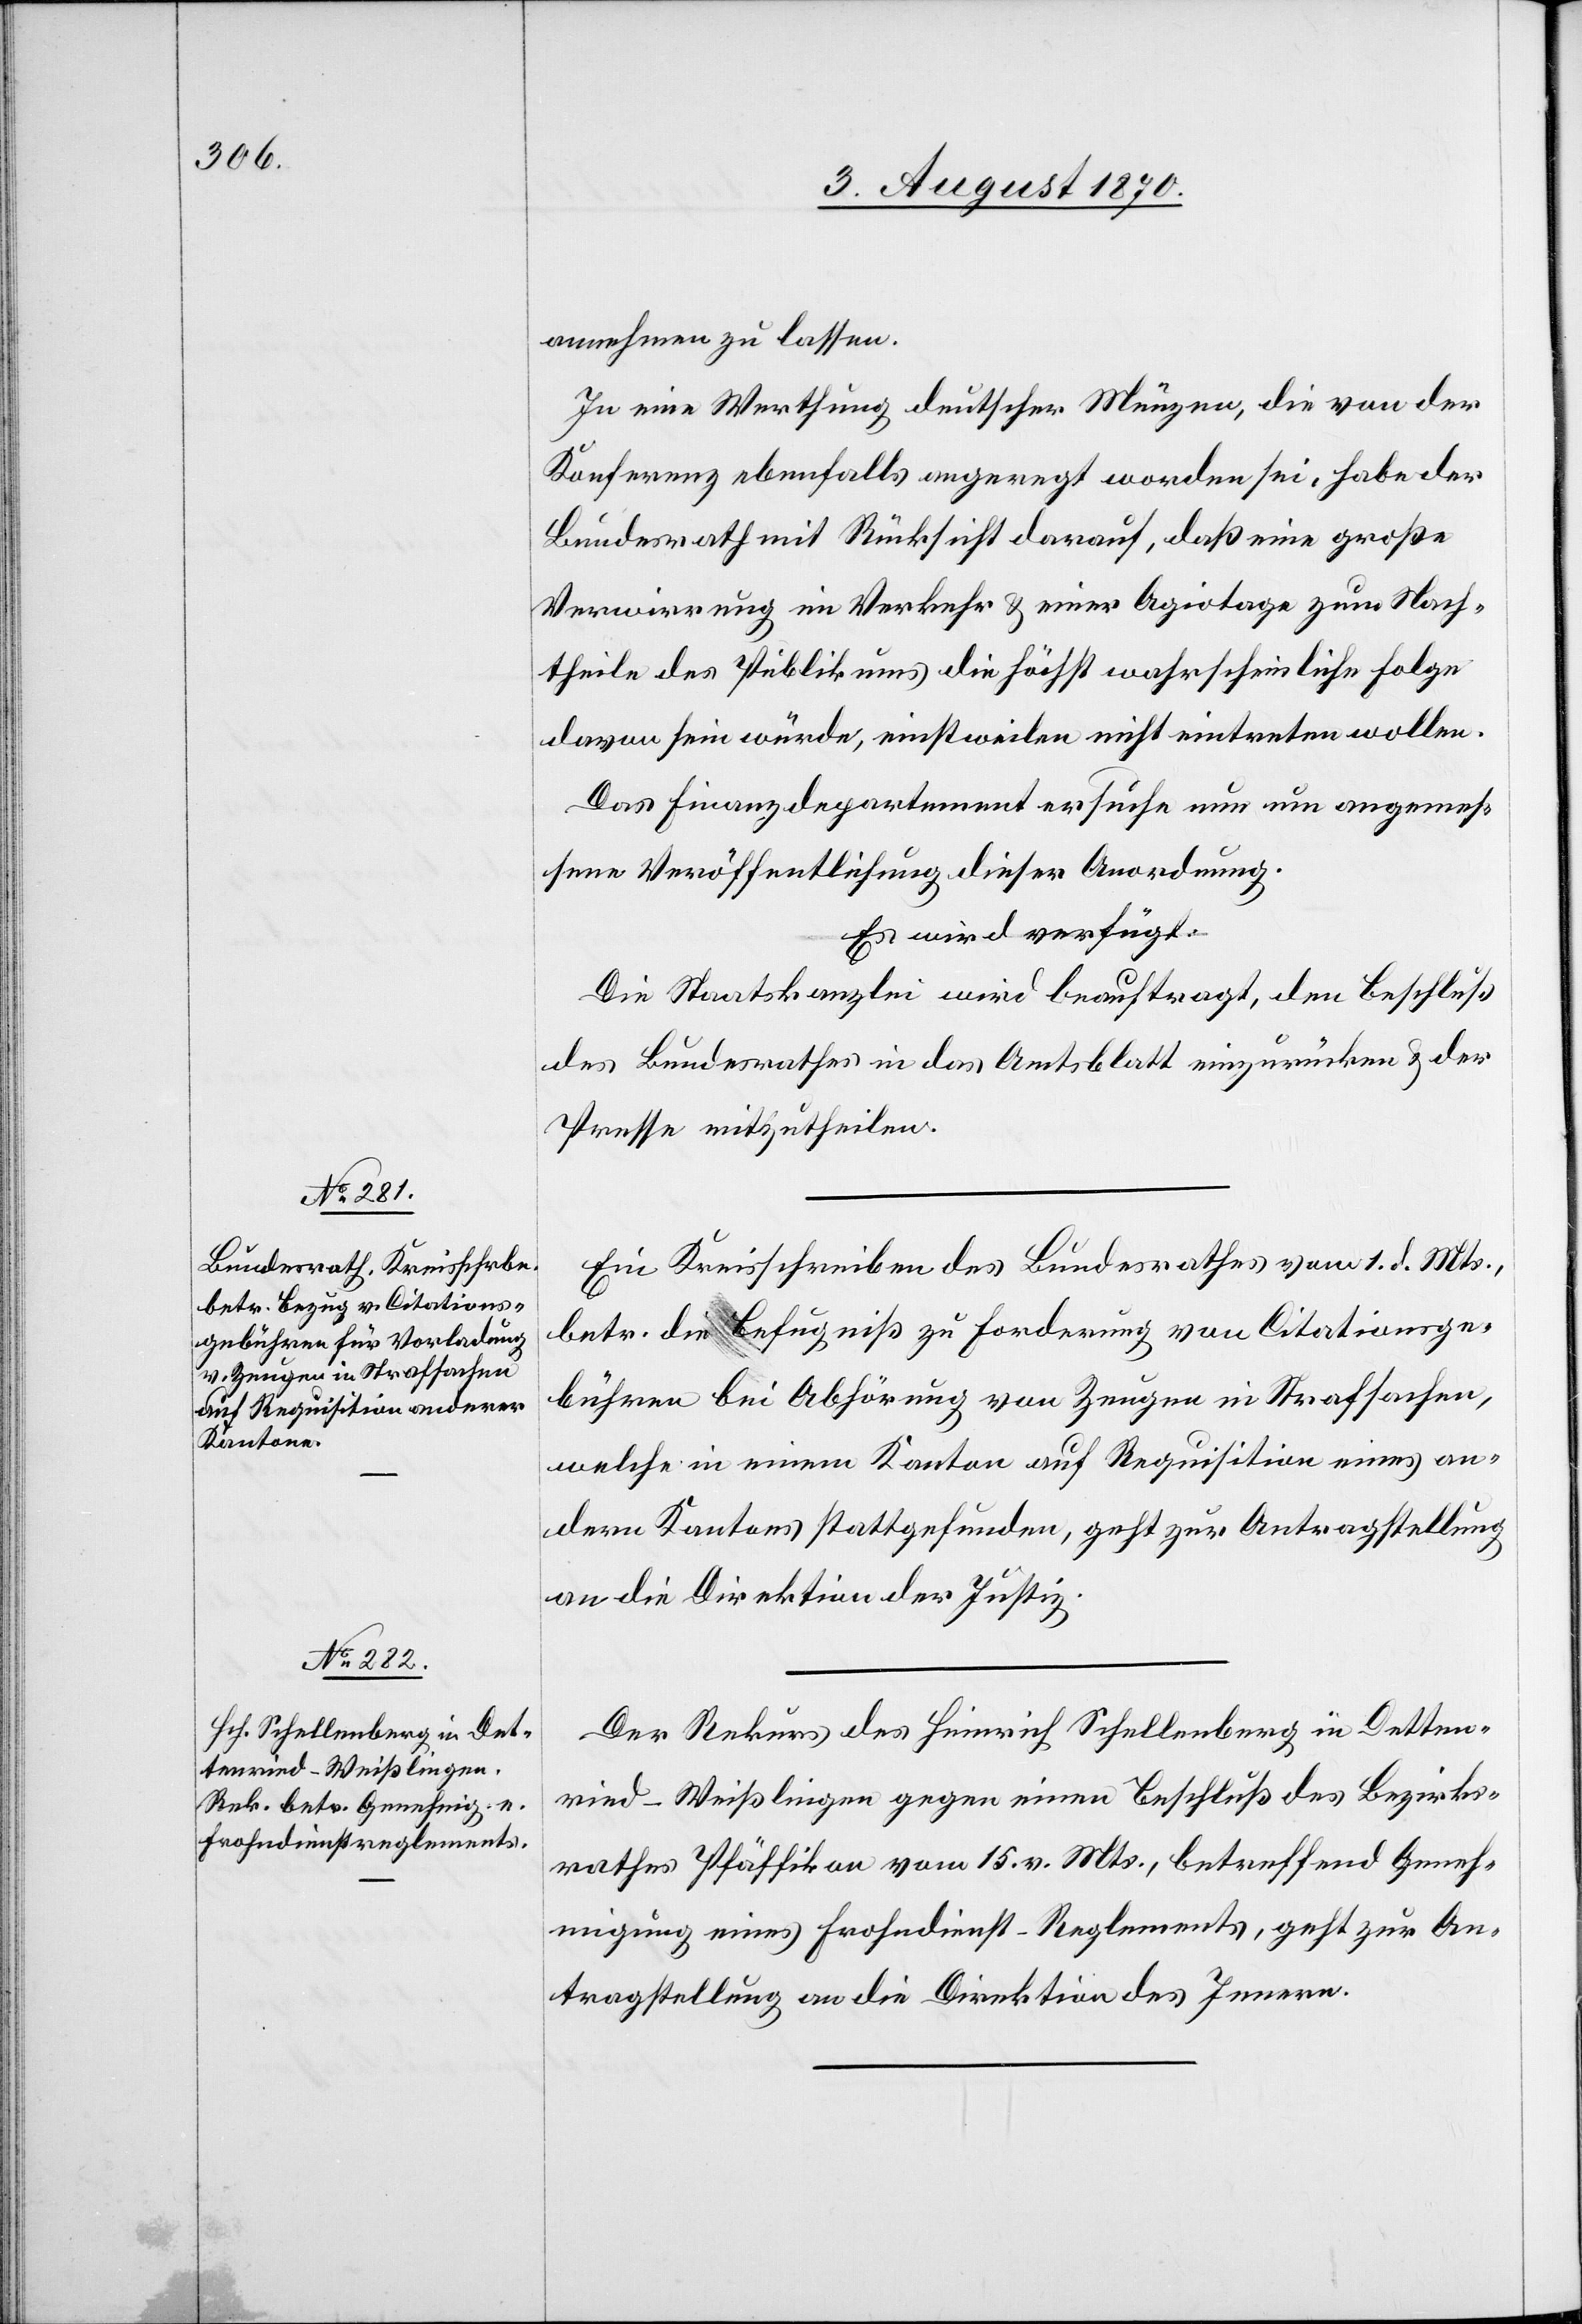
4. August 1870.]
annehmen zu lassen
In eine Werthung deutscher Münzen, die von der
Konferenz ebenfalls angeregt worden sei, habe der
Bundesrath mit Rücksicht darauf, daß eine große
Verwirrung im Verkehr & einer Agiotage zum Nach¬
theile des Publikums die höchst wahrscheinliche Folge
davon sein würde, einstweilen nicht eintreten wollen.
Das Finanzdepartement ersuche nun um angemes¬
sene Veröffentlichung dieser Anordnung.
Es wird verfügt:
Die Staatskanzlei wird beauftragt, den Beschluß
des Bundesrathes in das Amtsblatt einzurücken & der
Presse mitzutheilen.
Ein Kreisschreiben des Bundesrathes vom 1. d. Mts.,
betr. die Befugniß zu Forderung von Citationsge¬
bühren bei Abhörung von Zeugen in Strafsachen,
welche in einem Kanton auf Requisition eines an¬
deren Kantons stattgefunden, geht zur Antragstellung
an die Direktion der Justiz.
Der Rekurs des Heinrich Schellenberg in Detten¬
ried - Weißlingen gegen einen Beschluß des Bezirks¬
rathes Pfäffikon vom 15. v. Mts., betreffend Geneh¬
migung eines Frohndienst-Reglements, geht zur An¬
tragstellung an die Direktion des Innern.